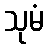
သုမံ